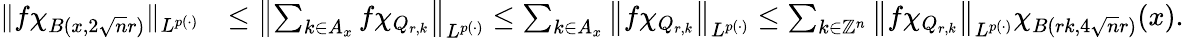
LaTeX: \begin{array}{rl}{\| f\chi_{B(x,2\sqrt{n}r)}\| _{L^{p(\cdot)}}}&{\le\left\| \sum_{k\in A_{x}}f\chi_{Q_{r,k}}\right\| _{L^{p(\cdot)}}\le\sum_{k\in A_{x}}\left\| f\chi_{Q_{r,k}}\right\| _{L^{p(\cdot)}}\le\sum_{k\in\mathbb{Z}^{n}}\left\| f\chi_{Q_{r,k}}\right\| _{L^{p(\cdot)}}\chi_{B(rk,4\sqrt{n}r)}(x).}\end{array}